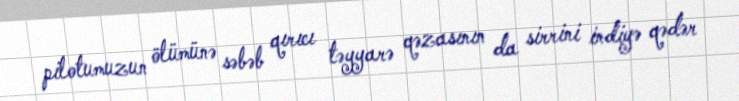
pilotumuzun ölümünə səbəb qırıcı təyyarə qəzasının da sirrini indiyə qədər